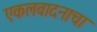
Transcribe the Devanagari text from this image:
एकलवादनाचा